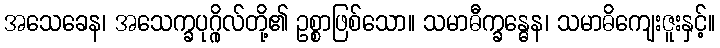
အသေခေန၊ အသေက္ခပုဂ္ဂိုလ်တို့၏ ဥစ္စာဖြစ်သော။ သမာဓီက္ခန္ဓေန၊ သမာဓိကျေးဇူးနှင့်။